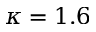
\kappa = 1 . 6